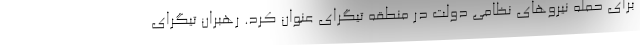
برای حمله نیروهای نظامی دولت در منطقه تیگرای عنوان کرد. رهبران تیگرای